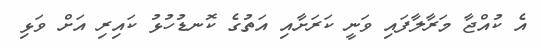
އެ ކުއްޖާ މަރާލާފައި ވަނީ ކަރަށާއި އަތުގެ ކޮނޑުހުޅު ކައިރި އަށް ވަޅި